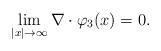
LaTeX: \begin{align*}\lim_{|x|\rightarrow \infty}\nabla \cdot \varphi_3(x)=0.\end{align*}